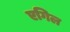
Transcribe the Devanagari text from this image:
एगिल